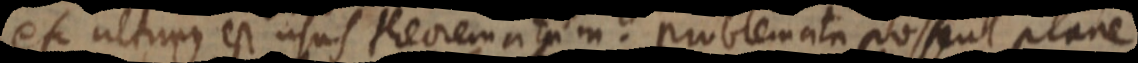
et ultimus est usus theorematum. Problemata possent plane